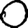
Digit: 0